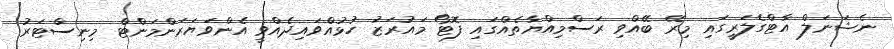
ނެޝަނަލް އާޓްގެލަރީގައި މިރޭ ބޭއްވި ރަސްމިއްޔާތެއްގައި ފޮޓޯ މައުރަޒު ހުޅުއްވައިދެއްވީ އެންވަޔަރަންމަންޓް މިނިސްޓަރު